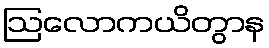
ဩလောကယိတွာန